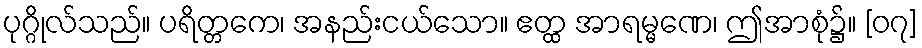
ပုဂ္ဂိုလ်သည်။ ပရိတ္တကေ၊ အနည်းငယ်သော။ ဧတ္ထ အာရမ္မဏေ၊ ဤအာစုံ၌။ [၀၇]